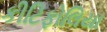
કીટિફોલિયા